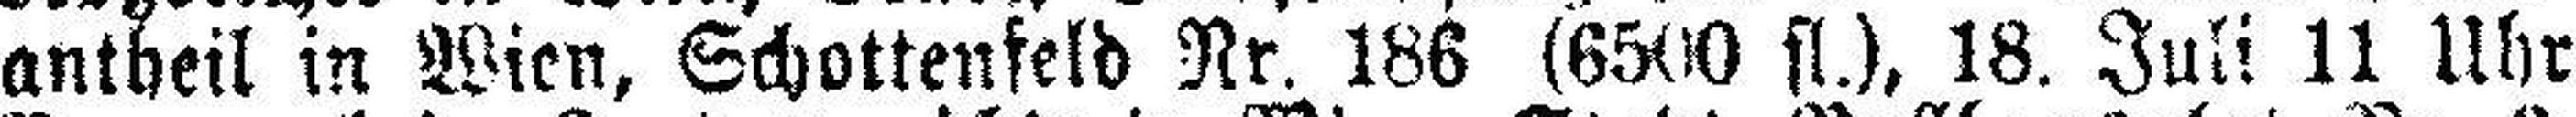
antheil in Wien, Schottenfeld Nr. 186 (6500 fl.), 18. Juli 11 Uhr